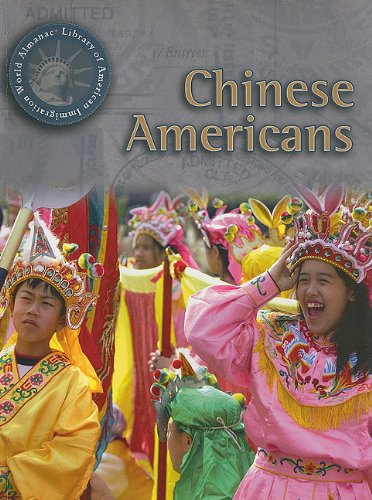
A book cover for Chinese Americans (World Almanac Library of American Immigration); Dale Anderson; Children's Books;